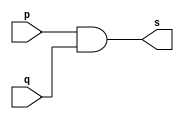
// -------------------------
// Exemplo0003 - AND 
// Nome:Felipe Pacfico
// ------------------------- 
// ------------------------- 
// -- and gate 
// ------------------------- 
module andgate ( output s, 
input p, 
input q); 
assign s = p & q; 
endmodule // andgate 
// --------------------- 
// -- test and gate 
// --------------------- 
module testandgate; 
// ------------------------- dados locais 
reg a, b; // definir registradores 
wire s; // definir conexao (fio) 
// ------------------------- instancia 
andgate AND1 (s, a, b); 
// ------------------------- preparacao 
initial begin:start 
a=0; b=0; 
end 
// ------------------------- parte principal 
initial begin 
$display("Exemplo0003 - Felipe Pacfico - 389868"); 
$display("Test AND gate"); 
$display("\na & b = s\n"); 
a=0; b=0; 
#1 $display("%b & %b = %b", a, b, s); 
a=0; b=1; 
#1 $display("%b & %b = %b", a, b, s); 
a=1; b=0; 
#1 $display("%b & %b = %b", a, b, s); 
a=1; b=1; 
#1 $display("%b & %b = %b", a, b, s); 
end 
endmodule // testandgate